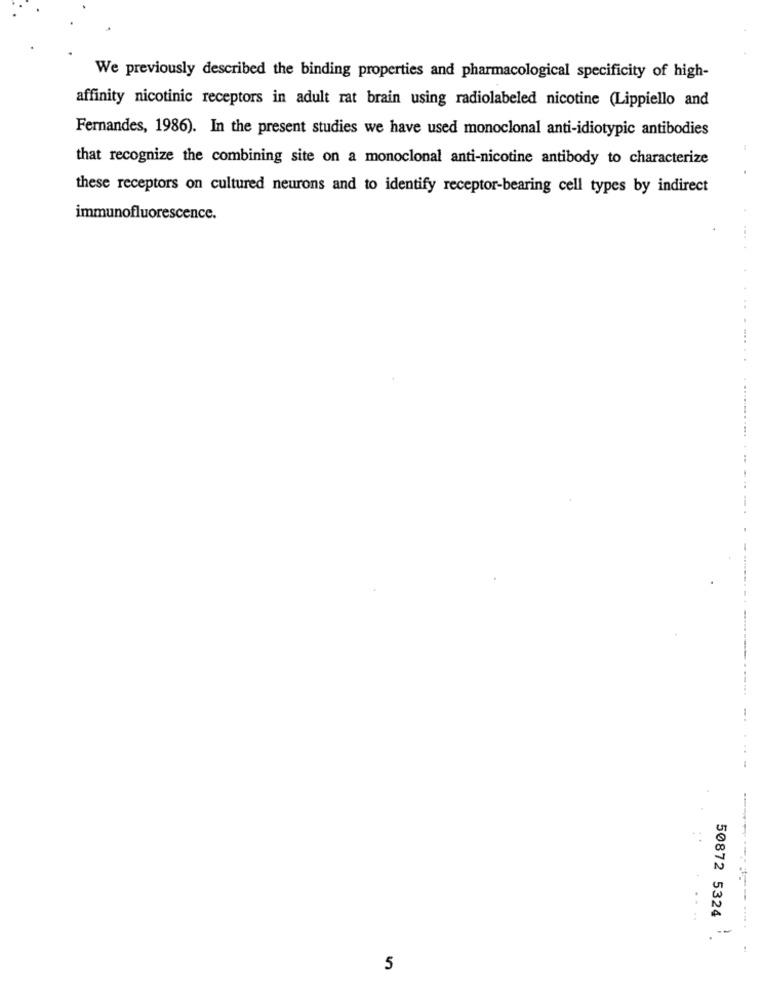
We previously described the binding properties and pharmacological specificity of high-
affinity nicotinic receptors in adult rat brain using radiolabeled nicotine (Lippiello and
Fernandes, 1986). In the present studies we have used monoclonal anti-idiotypic antibodies
that recognize the combining site on a monoclonal anti-nicotine antibody to characterize
these receptors on cultured neurons and to identify receptor-bearing cell types by indirect
immunofluorescence.
50872 5324
5